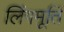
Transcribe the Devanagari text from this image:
लिंगमूर्ति